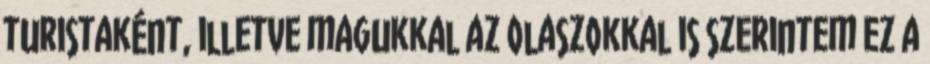
turistaként, illetve magukkal az olaszokkal is szerintem ez a